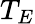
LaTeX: T_{E}